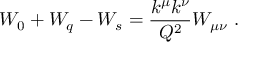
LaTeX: W _ { 0 } + W _ { q } - W _ { s } = { \frac { k ^ { \mu } k ^ { \nu } } { Q ^ { 2 } } } W _ { \mu \nu } \ .